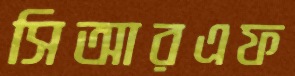
সিআরএফ